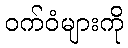
ဝက်ဝံများကို